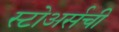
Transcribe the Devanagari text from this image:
स्टोअर्सची